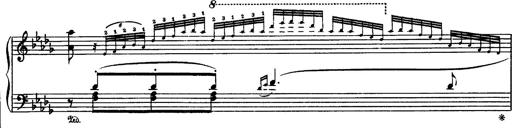
Title: Paraphrase de concert sur Rigoletto
Composer: Franz Liszt